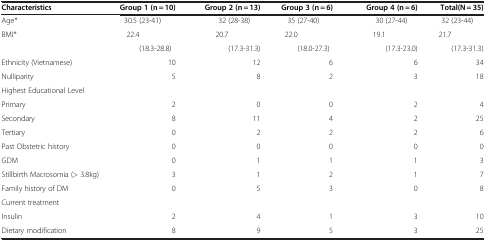
<table><thead><tr><td><b>Characteristics</b></td><td><b>Group 1 (n = 10)</b></td><td><b>Group 2 (n = 13)</b></td><td><b>Group 3 (n = 6)</b></td><td><b>Group 4 (n = 6)</b></td><td><b>Total(N = 35)</b></td></tr></thead><tbody><tr><td>Age*</td><td>30.5 (23-41)</td><td>32 (28-38)</td><td>35 (27-40)</td><td>30 (27-44)</td><td>32 (23-44)</td></tr><tr><td>BMI*</td><td>22.4</td><td>20.7</td><td>22.0</td><td>19.1</td><td>21.7</td></tr><tr><td> </td><td>(18.3-28.8)</td><td>(17.3-31.3)</td><td>(18.0-27.3)</td><td>(17.3-23.0)</td><td>(17.3-31.3)</td></tr><tr><td>Ethnicity (Vietnamese)</td><td>10</td><td>12</td><td>6</td><td>6</td><td>34</td></tr><tr><td>Nulliparity</td><td>5</td><td>8</td><td>2</td><td>3</td><td>18</td></tr><tr><td>Highest Educational Level</td><td> </td><td> </td><td> </td><td> </td><td> </td></tr><tr><td>Primary</td><td>2</td><td>0</td><td>0</td><td>2</td><td>4</td></tr><tr><td>Secondary</td><td>8</td><td>11</td><td>4</td><td>2</td><td>25</td></tr><tr><td>Tertiary</td><td>0</td><td>2</td><td>2</td><td>2</td><td>6</td></tr><tr><td>Past Obstetric history</td><td>0</td><td>0</td><td>0</td><td>0</td><td>0</td></tr><tr><td>GDM</td><td>0</td><td>1</td><td>1</td><td>1</td><td>3</td></tr><tr><td>Stillbirth Macrosomia (&gt; 3.8kg)</td><td>3</td><td>1</td><td>2</td><td>1</td><td>7</td></tr><tr><td>Family history of DM</td><td>0</td><td>5</td><td>3</td><td>0</td><td>8</td></tr><tr><td>Current treatment</td><td> </td><td> </td><td> </td><td> </td><td> </td></tr><tr><td>Insulin</td><td>2</td><td>4</td><td>1</td><td>3</td><td>10</td></tr><tr><td>Dietary modification</td><td>8</td><td>9</td><td>5</td><td>3</td><td>25</td></tr></tbody></table>